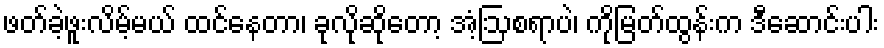
ဖတ်ခဲ့ဖူးလိမ့်မယ် ထင်နေတာ၊ ခုလိုဆိုတော့ အံ့ဩစရာပဲ၊ ကိုမြတ်ထွန်းက ဒီဆောင်းပါး